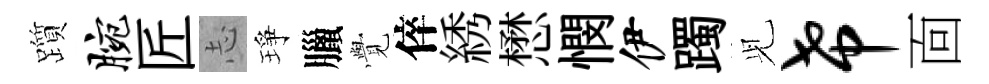
躓腕匠𢖽琤臘𮗜倅綉懋憫伊躅𫤗希靣